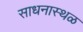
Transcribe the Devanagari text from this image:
साधनास्थळ